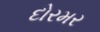
દોરમર